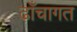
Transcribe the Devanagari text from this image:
ढ़ाँचागत